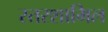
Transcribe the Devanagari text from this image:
स्तरशामिल